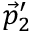
\vec { p } _ { 2 } ^ { \prime }